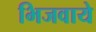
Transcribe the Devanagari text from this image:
भिजवाये